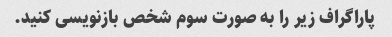
پاراگراف زیر را به صورت سوم شخص بازنویسی کنید.